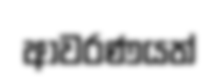
ආවරණයත්